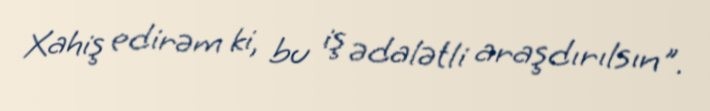
Xahiş edirəm ki, bu iş ədalətli araşdırılsın".